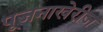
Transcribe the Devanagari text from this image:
पूजनाखेरीज